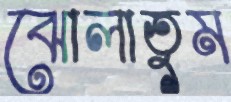
ঝোলাতুম